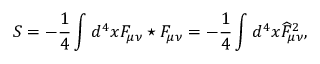
S = - \frac 1 4 \int d ^ { 4 } x F _ { \mu \nu } \star F _ { \mu \nu } = - \frac 1 4 \int d ^ { 4 } x \widehat { F } _ { \mu \nu } ^ { 2 } ,